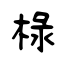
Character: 椂